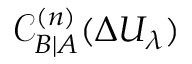
\mathcal { C } _ { B | A } ^ { ( n ) } ( \Delta U _ { \lambda } )